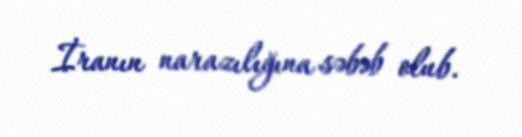
İranın narazılığına səbəb olub.